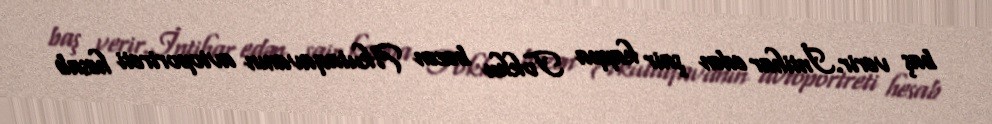
baş verir.İntihar edən şair kappa Tokku bəzən Akutaqavanın avtoportreti hesab